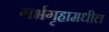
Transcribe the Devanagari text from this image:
गर्भगृहामधील